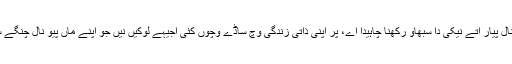
ایس لئی سانوں ایہناں نال پیار اتے نیکی دا سبھاو رکھنا چاہیدا اے، پر اپنی ذاتی زندگی وچ ساڈے وچوں کئی اجیہے لوکیں نیں جو اپنے ماں پیو نال چنگے سانگھے نئیں رکھدے۔